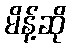
မိန့်ဆို